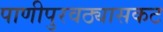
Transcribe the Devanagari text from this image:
पाणीपुरवठ्यासकट